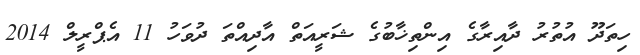
ހިތަދޫ އުތުރު ދާއިރާގެ އިންތިޚާބުގެ ޝަރީއަތް އާދިއްތަ ދުވަހު 11 އެޕްރީލް 2014